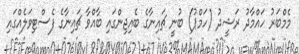
މެމްބަރު ހައްމާދު ރަޝީދު (ހަމްޕު) ބުނީ ޗައިނާގެ ބެއިޖިންގައި ބާއްވާ ޗައިނާގެ ފެސްޓިވަލެއްގައި